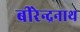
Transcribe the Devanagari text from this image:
बीरेन्द्रनाथ